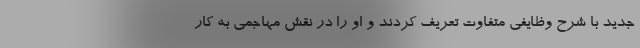
جدید با شرح وظایفی متفاوت تعریف کردند و او را در نقش مهاجمی به کار